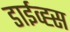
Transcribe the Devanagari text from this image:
डाईव्ह्स